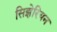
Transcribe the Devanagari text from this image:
सिझेरियन